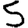
Digit: 5